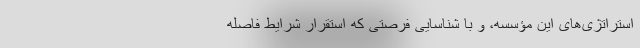
استراتژی‌های این مؤسسه، و با شناسایی فرصتی که استقرار شرایط فاصله